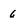
Character: 6